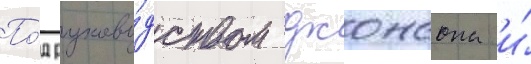
По́д руково́дством джонсона и́